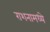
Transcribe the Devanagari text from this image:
राशनामध्ये